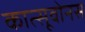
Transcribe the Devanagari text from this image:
कात्सूवोनस